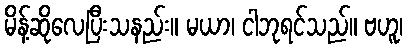
မိန့်ဆိုလေပြီးသနည်း။ မယာ၊ ငါဘုရင်သည်။ ဗဟူ၊